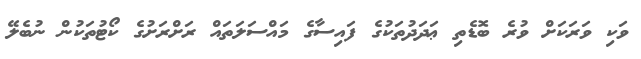
ވަކި ވަރަކަށް ވުރެ ބޮޑެތި ޢަދަދުތަކުގެ ފައިސާގެ މައްސަލަތައް ރަށްރަށުގެ ކޯޓުތަކުން ނުބެލޭ